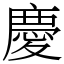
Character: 慶